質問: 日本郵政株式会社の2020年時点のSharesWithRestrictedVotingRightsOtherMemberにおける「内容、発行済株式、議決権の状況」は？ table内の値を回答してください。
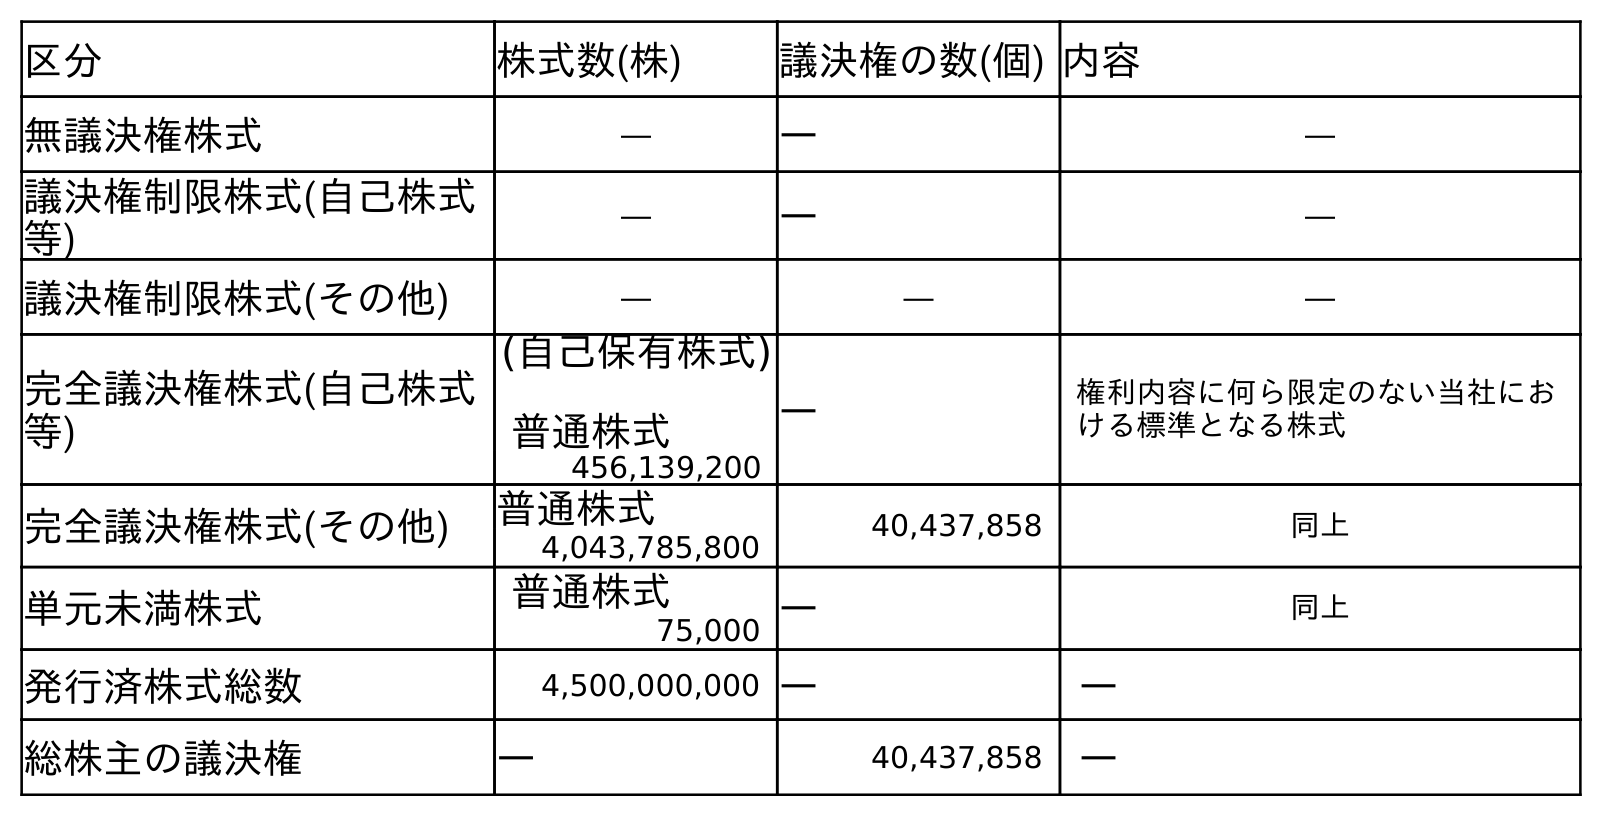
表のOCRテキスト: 区分 株式数(株) 議決権の数(個) 内容 無議決権株式 ― ― ― 議決権制限株式(自己株式 等) ― ― ― 議決権制限株式(その他) ― ― ― 完全議決権株式(自己株式 等) (自己保有株式) 普通株式 ― 権利内容に何ら限定のない当社にお ける標準となる株式 456,139,200 完全議決権株式(その他) 普通株式 40,437,858 同上 4,043,785,800 単元未満株式 普通株式 ― 同上 75,000 発行済株式総数 4,500,000,000 ― ― 総株主の議決権 ― 40,437,858 ―
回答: ―